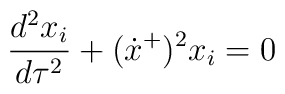
\frac{d^{2} x_{i}}{d\tau^{2}} + (\dot x^+)^2x_{i}= 0